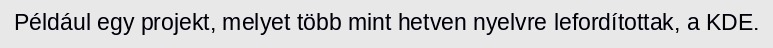
Például egy projekt, melyet több mint hetven nyelvre lefordítottak, a KDE.